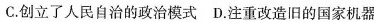
C.创立了人民自治的政治模式 D.注重改造旧的国家机器